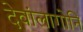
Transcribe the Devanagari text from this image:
देवांलागोनि